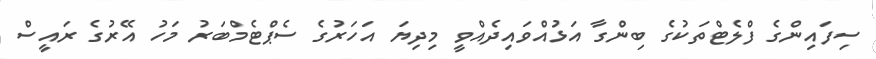
ސިފައިންގެ ފްލެޓްތަކުގެ ބިންގާ އަޅުއްވައިިދެއްވީ މިދިޔަ އަހަރުގެ ސެޕްޓެމްބަރު މަހު އޭރުގެ ރައީސް